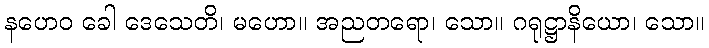
နဟေဝ ခေါ ဒေသေတိ၊ မဟော။ အညတရော၊ သော။ ဂရုဋ္ဌာနိယော၊ သော။